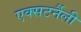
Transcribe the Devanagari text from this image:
एक्सटर्नैली